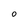
Character: O